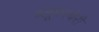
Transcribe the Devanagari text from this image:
ब्लूमस्बेरी